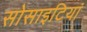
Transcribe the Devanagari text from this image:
सोसाइटियां